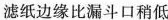
滤纸边缘比漏斗口稍低